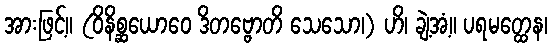
အားဖြင့်။ (ဝိနိစ္ဆယောဝေ ဒိတဗ္ဗောတိ သေသော၊) ဟိ၊ ချဲ့အံ့။ ပရမတ္ထေန၊